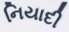
નિયાદી